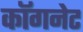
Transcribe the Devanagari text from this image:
कॉगनेट